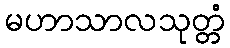
မဟာသာလသုတ္တံ